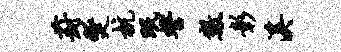
葑燹杭眠誓数彰溪